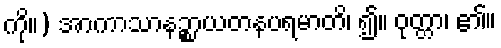
ကို။) အာကာသာနဉ္စာယတနပရမာတိ၊ ၍။ ဝုတ္တာ၊ ၏။